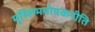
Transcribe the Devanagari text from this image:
मुस्लिमपोषकनीति